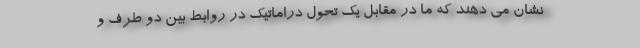
نشان می دهند که ما در مقابل یک تحول دراماتیک در روابط بین دو طرف و